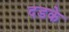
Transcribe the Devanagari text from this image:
दडके